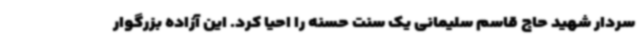
سردار شهید حاج قاسم سلیمانی یک سنت حسنه را احیا کرد. این آزاده بزرگوار